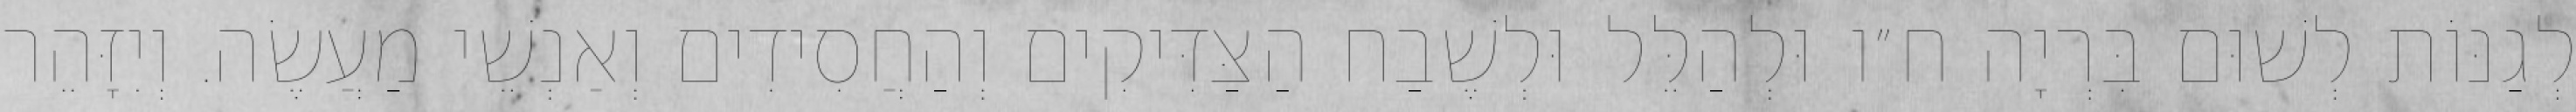
לְגַנּוֹת לְשׁוּם בִּרְיָה ח״ו וּלְהַלֵּל וּלְשֶׁבַח הַצַּדִּיקִים וְהַחֲסִידִים וְאַנְשֵׁי מַעֲשֶׂה. וְיִזָּהֵר